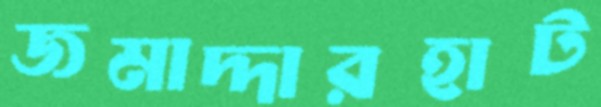
জমাদ্দারহাট